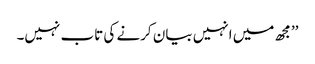
’’مجھ میں انہیں بیان کرنے کی تاب نہیں۔